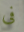
فى